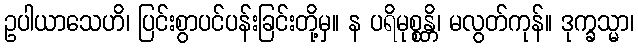
ဥပါယာသေဟိ၊ ပြင်းစွာပင်ပန်းခြင်းတို့မှ။ န ပရိမုစ္စန္တိ၊ မလွတ်ကုန်။ ဒုက္ခသ္မာ၊